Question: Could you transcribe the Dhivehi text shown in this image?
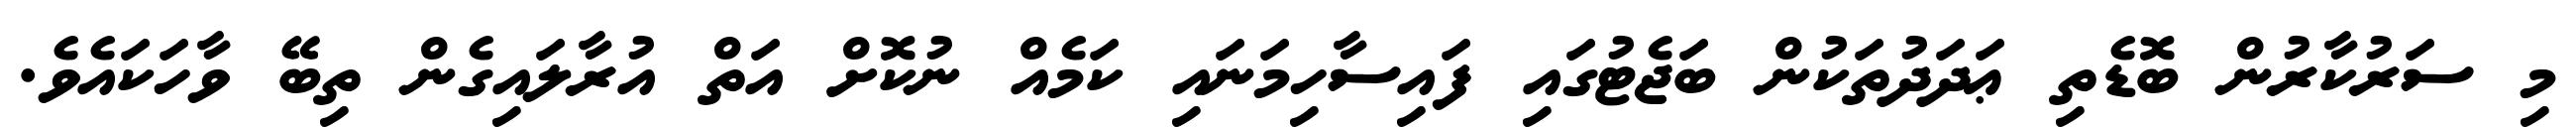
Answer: މި ސަރުކާރުން ބޮޑެތި ޢަދަދުތަކުން ބަޖެޓުގައި ފައިސާހިމަނައި ކަމެއް ނުކޮށް އަތް އުރާލައިގެން ތިބޭ ވާހަކައެވެ.